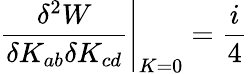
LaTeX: \left.\frac{\delta^{2}W}{\delta K_{ab}\delta K_{cd}}\right|_{K=0}=\frac i4